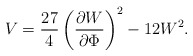
\begin{align*}V = \frac{27}{4} \left( \frac{\partial W}{\partial \Phi}\right)^2 - 12 W^2 .\end{align*}